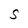
Character: S